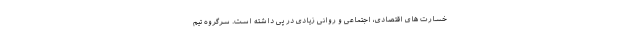
خسارت های اقتصادی، اجتماعی و روانی زیادی در پی داشته است. سرگروه تیم